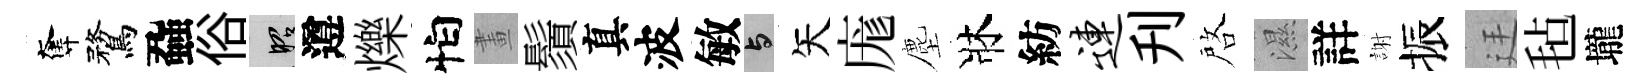
奪鶩蝨俗昭遵爍怕畫鬚真波敏与矢庬塵牀紡连刋啓濕詳謝振廷毡壠